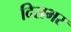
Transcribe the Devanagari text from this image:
दिसभर